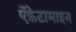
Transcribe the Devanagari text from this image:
ऐंफ़ेटामाइन